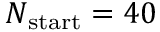
N _ { \mathrm { s t a r t } } = 4 0